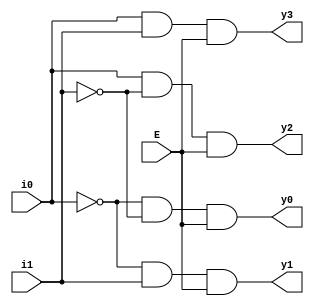
module encoder2to4(E, i0, i1, y0, y1, y2, y3);
input E, i0, i1; 
output y0, y1, y2, y3; 
wire w1, w2;

assign w1 = ~i0;
assign w2 = ~i1;
assign y0 = w1 & w2 & E; 
assign y1 = w1 & i1 & E; 
assign y2 = i0 & w2 & E; 
assign y3 = i0 & i1 & E;
endmodule

module testEncoder; 
reg E, i0, i1; 
wire y0, y1, y2, y3; 

encoder2to4 i(E, i0, i1, y0, y1, y2, y3);

initial 
begin 
    E = 1'b0; i0 = 1'b0; i1 = 1'b0; 
    $monitor("Time = %0t E = %b , i0 = %b, i1 = %b , y0 = %b , y1 = %b , y2 = %b , y3 = %b", $time,E, i0, i1, y0, y1, y2, y3 );
    #5 E = 1'b1; i0 = 1'b0; i1 = 1'b0; 
    #5 E = 1'b1; i0 = 1'b0; i1 = 1'b1; 
    #5 E = 1'b1; i0 = 1'b1; i1 = 1'b0; 
    #5 E = 1'b1; i0 = 1'b1; i1 = 1'b1;
end
endmodule